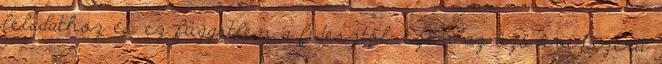
feladathoz és ez független a fidesztől. Ezen az özönvízszerű